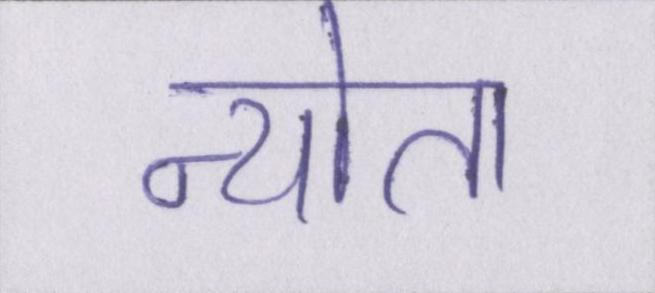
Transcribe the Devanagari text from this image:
न्योता